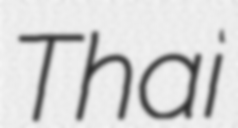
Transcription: Thai